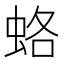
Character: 蛒